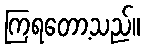
ကြရတော့သည်။